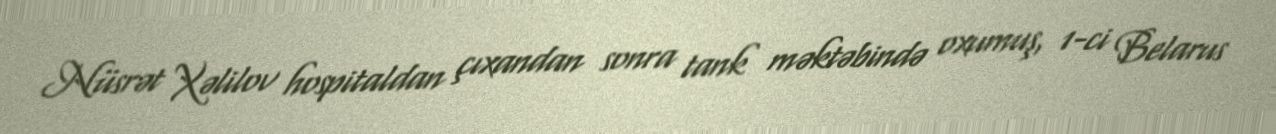
Nüsrət Xəlilov hospitaldan çıxandan sonra tank məktəbində oxumuş, 1-ci Belarus